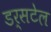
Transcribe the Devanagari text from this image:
डर्सटेल